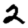
Digit: 2